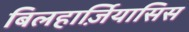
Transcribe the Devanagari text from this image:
बिलहार्ज़ियासिस